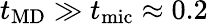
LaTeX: t_{\mathrm{MD}}\gg t_{\mathrm{mic}}\approx 0.2